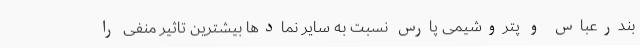
بندرعباس و پتروشیمی پارس نسبت به سایر نمادها بیشترین تاثیر منفی را